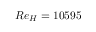
R e _ { H } = 1 0 5 9 5